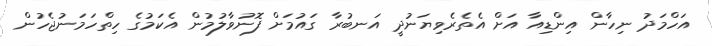
އަހްމަދު ނިހާން އިންޑިއާ އަށް އެތެރެވިޔަނުދީ އަނބުރާ ގައުމަށް ފޮނުވާލުމުން އެކަމުގެ ހިތްހަމަނުޖެހުން